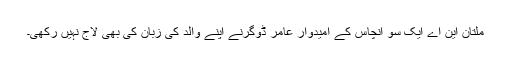
ملتان این اے ایک سو انچاس کے امیدوار عامر ڈوگرنے اپنے والد کی زبان کی بھی لاج نہیں رکھی۔